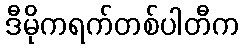
ဒီမိုကရက်တစ်ပါတီက